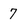
Character: 7